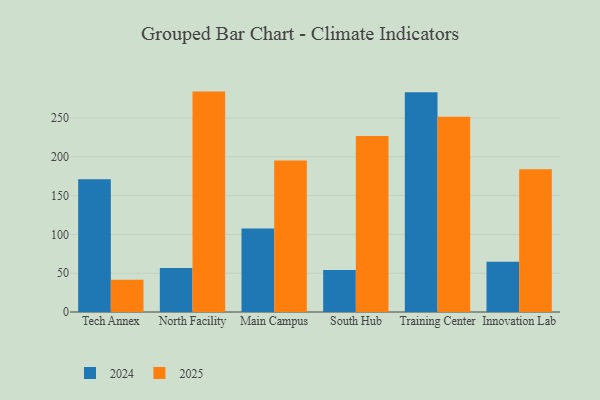
{"axis": {"x": "Campus", "y": "Gross Profit (USD K)"}, "legend": ["2024", "2025"], "data": [{"x": "Tech Annex", "y": 41.7, "type": "2025"}, {"x": "Tech Annex", "y": 171.1, "type": "2024"}, {"x": "North Facility", "y": 284.0, "type": "2025"}, {"x": "North Facility", "y": 56.6, "type": "2024"}, {"x": "Main Campus", "y": 195.1, "type": "2025"}, {"x": "Main Campus", "y": 107.5, "type": "2024"}, {"x": "South Hub", "y": 226.8, "type": "2025"}, {"x": "South Hub", "y": 54.0, "type": "2024"}, {"x": "Training Center", "y": 251.6, "type": "2025"}, {"x": "Training Center", "y": 283.1, "type": "2024"}, {"x": "Innovation Lab", "y": 183.9, "type": "2025"}, {"x": "Innovation Lab", "y": 64.6, "type": "2024"}]}